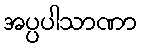
အပ္ပပါသာဏာ